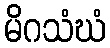
မိဂသံဃံ